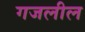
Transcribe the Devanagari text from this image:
गजलील